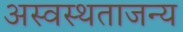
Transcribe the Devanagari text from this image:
अस्वस्थताजन्य